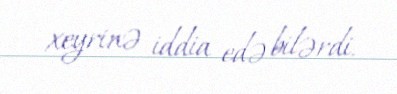
xeyrinə iddia edə bilərdi.